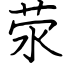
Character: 荥